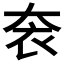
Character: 𡘚